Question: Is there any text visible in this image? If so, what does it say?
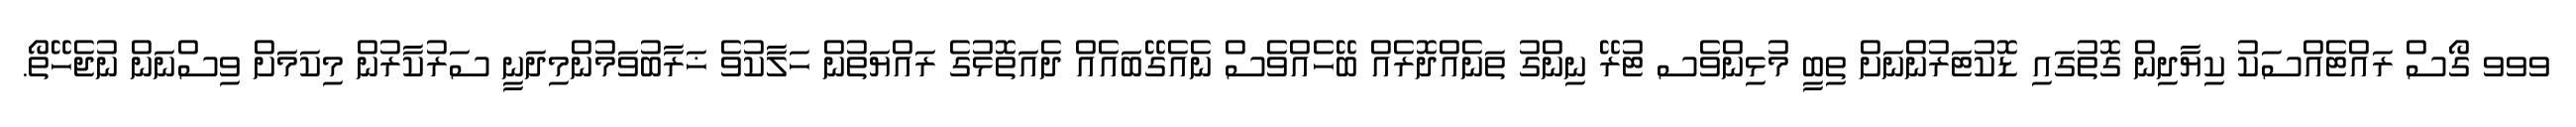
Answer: ވވވ ގޯސް ރައްޓެއްސަކު ކިޔާދިން ގޮތުގައި ޑޮކުޓަރުންނަށް ތިބީ މުޅިންވެސ ޓުރޭ ނިންގު ތަނެއްދޮރެއް ބޭހެއްވެސް ނެއެގޭބައެއް ދެއަތޮޅުގެ ރައްޔަތުން ހަލާކުވެ ޚަރާބުވަމުންމިދަނީ ސަރުކާރުން މިކަމަށް ވިސްނަން ނުޖެހޭތޯ.